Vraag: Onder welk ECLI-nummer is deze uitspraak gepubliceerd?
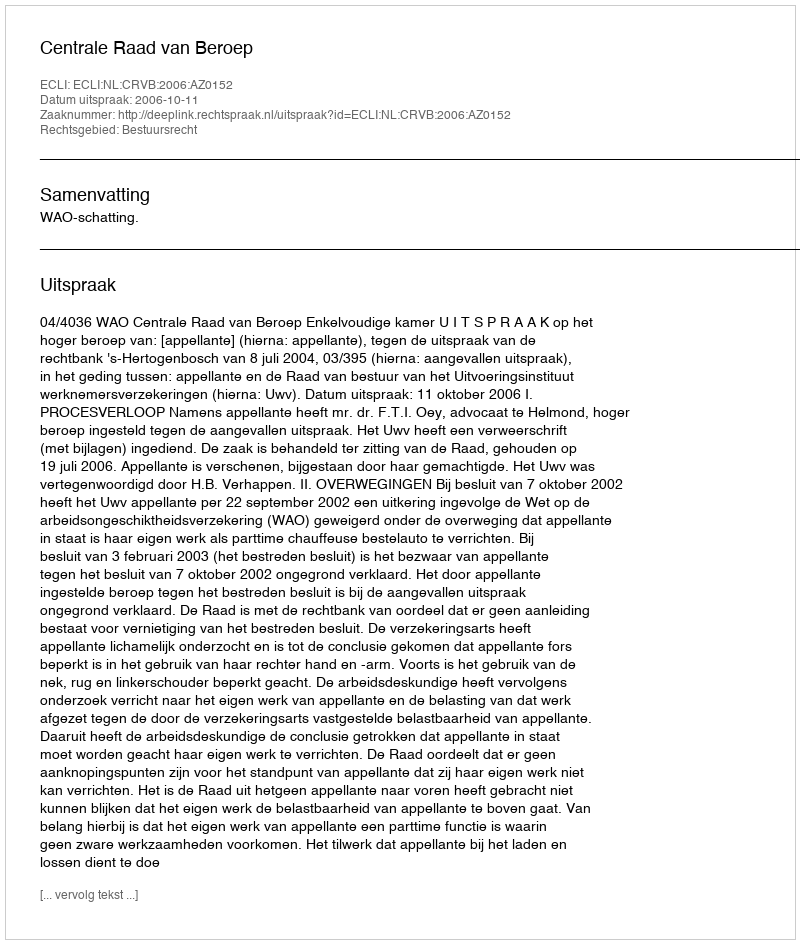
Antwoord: ECLI:NL:CRVB:2006:AZ0152